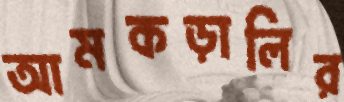
আমকড়ালির